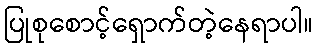
ပြုစုစောင့်ရှောက်တဲ့နေရာပါ။